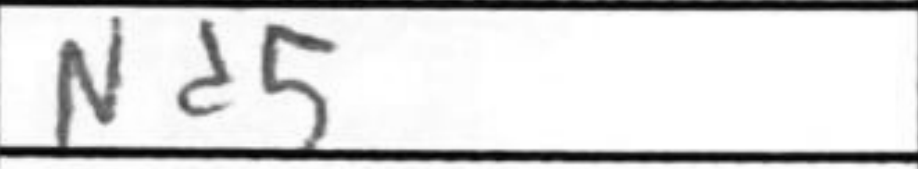
Transcription: Nd5